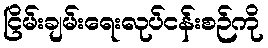
ငြိမ်းချမ်းရေးလုပ်ငန်းစဉ်ကို